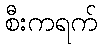
စီးကရက်